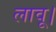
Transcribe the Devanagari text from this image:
लावू।